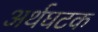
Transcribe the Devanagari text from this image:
अर्थघटक